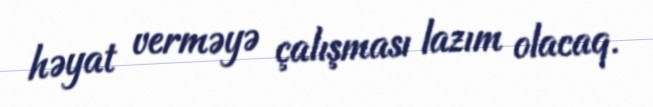
həyat verməyə çalışması lazım olacaq.